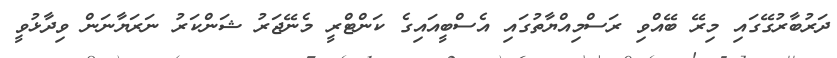
ދަރުބާރުގޭގައި މިރޭ ބޭއްވި ރަސްމިއްޔާތުގައި އެސްބީއައިގެ ކަންޓްރީ މެނޭޖަރު ޝަންކަރު ނަރަޔާނަން ވިދާޅުވީ